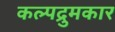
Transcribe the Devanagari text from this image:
कल्पद्रुमकार